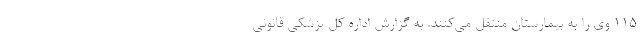
۱۱۵ وی را به بیمارستان منتقل می‌کنند. به گزارش اداره کل پزشکی قانونی